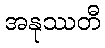
အနုဿတီ